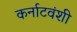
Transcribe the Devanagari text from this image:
कर्नाटवंशी